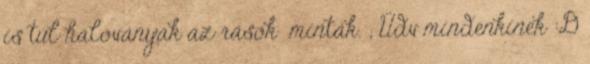
is túl haloványak az rások minták. ; Üdv mindenkinek :D